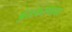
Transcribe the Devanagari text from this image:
अंतःकरणावर